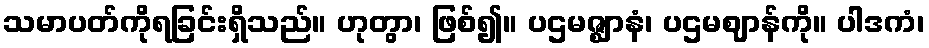
သမာပတ်ကိုရခြင်းရှိသည်။ ဟုတွာ၊ ဖြစ်၍။ ပဌမဇ္ဈာနံ၊ ပဌမဈာန်ကို။ ပါဒကံ၊